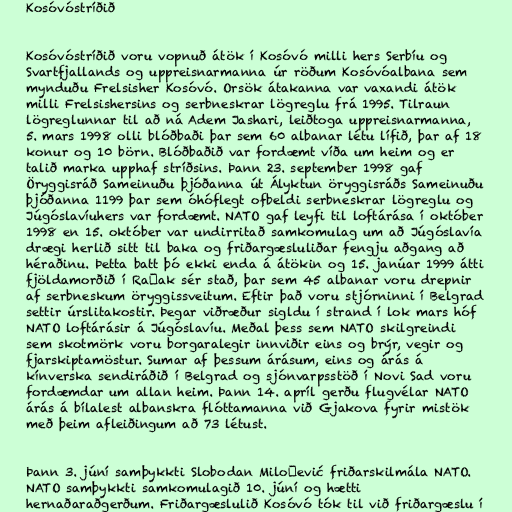
Kosóvóstríðið

Kosóvóstríðið voru vopnuð átök í Kosóvó milli hers Serbíu og
Svartfjallands og uppreisnarmanna úr röðum Kosóvóalbana sem
mynduðu Frelsisher Kosóvó. Orsök átakanna var vaxandi átök
milli Frelsishersins og serbneskrar lögreglu frá 1995. Tilraun
lögreglunnar til að ná Adem Jashari, leiðtoga uppreisnarmanna,
5. mars 1998 olli blóðbaði þar sem 60 albanar létu lífið, þar af 18
konur og 10 börn. Blóðbaðið var fordæmt víða um heim og er
talið marka upphaf stríðsins. Þann 23. september 1998 gaf
Öryggisráð Sameinuðu þjóðanna út Ályktun öryggisráðs Sameinuðu
þjóðanna 1199 þar sem óhóflegt ofbeldi serbneskrar lögreglu og
Júgóslavíuhers var fordæmt. NATO gaf leyfi til loftárása í október
1998 en 15. október var undirritað samkomulag um að Júgóslavía
drægi herlið sitt til baka og friðargæsluliðar fengju aðgang að
héraðinu. Þetta batt þó ekki enda á átökin og 15. janúar 1999 átti
fjöldamorðið í Račak sér stað, þar sem 45 albanar voru drepnir
af serbneskum öryggissveitum. Eftir það voru stjórninni í Belgrad
settir úrslitakostir. Þegar viðræður sigldu í strand í lok mars hóf
NATO loftárásir á Júgóslavíu. Meðal þess sem NATO skilgreindi
sem skotmörk voru borgaralegir innviðir eins og brýr, vegir og
fjarskiptamöstur. Sumar af þessum árásum, eins og árás á
kínverska sendiráðið í Belgrad og sjónvarpsstöð í Novi Sad voru
fordæmdar um allan heim. Þann 14. apríl gerðu flugvélar NATO
árás á bílalest albanskra flóttamanna við Gjakova fyrir mistök
með þeim afleiðingum að 73 létust.

Þann 3. júní samþykkti Slobodan Milošević friðarskilmála NATO.
NATO samþykkti samkomulagið 10. júní og hætti
hernaðaraðgerðum. Friðargæslulið Kosóvó tók til við friðargæslu í